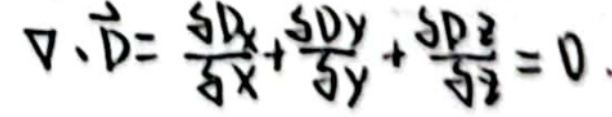
$\nabla \cdot \vec{D} = \frac{\partial D_x}{\partial x} + \frac{\partial D_y}{\partial y} + \frac{\partial D_z}{\partial z} = 0.$